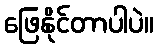
ဖြေနိုင်တာပါပဲ။